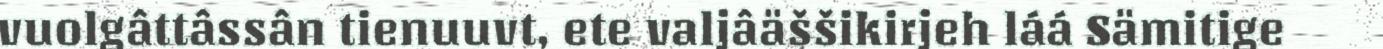
vuolgâttâssân tienuuvt, ete valjâäššikirjeh láá Sämitige